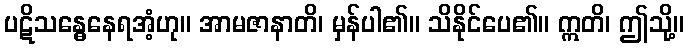
ပဋိသန္ဓေနေရအံ့ဟု။ အာမဇာနာတိ၊ မှန်ပါ၏။ သိနိုင်ပေ၏။ ဣတိ၊ ဤသို့။